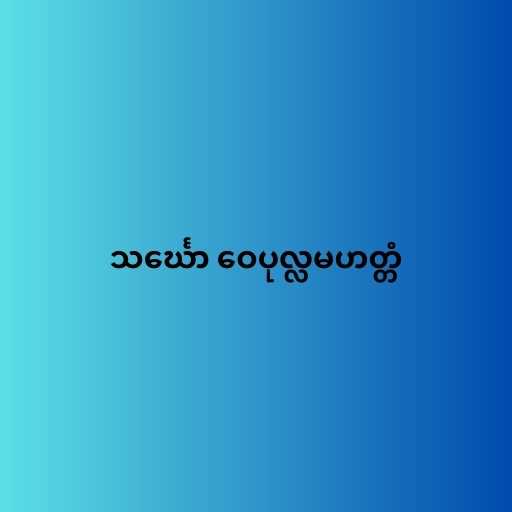
သင်္ဃော ဝေပုလ္လမဟတ္တံ